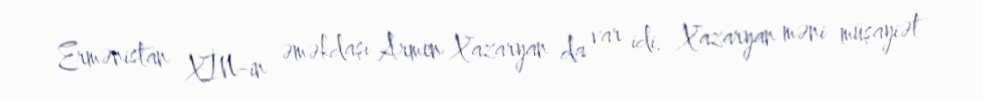
Ermənistan XİN-in əməkdaşı Armen Xazaryan da var idi. Xazaryan məni müşayiət